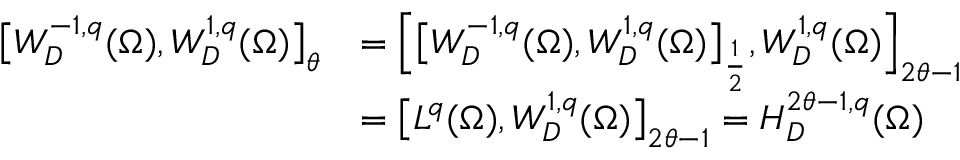
\begin{array} { r l } { \bigl [ W _ { D } ^ { - 1 , q } ( \Omega ) , W _ { D } ^ { 1 , q } ( \Omega ) \bigr ] _ { \theta } } & { = \Bigl [ \bigl [ W _ { D } ^ { - 1 , q } ( \Omega ) , W _ { D } ^ { 1 , q } ( \Omega ) \bigr ] _ { \frac 1 2 } , W _ { D } ^ { 1 , q } ( \Omega ) \Bigr ] _ { 2 \theta - 1 } } \\ & { = \bigl [ L ^ { q } ( \Omega ) , W _ { D } ^ { 1 , q } ( \Omega ) \bigr ] _ { 2 \theta - 1 } = H _ { D } ^ { 2 \theta - 1 , q } ( \Omega ) } \end{array}